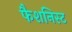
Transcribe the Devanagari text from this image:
फैशनिस्ट